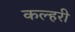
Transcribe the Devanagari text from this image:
कल्हरी